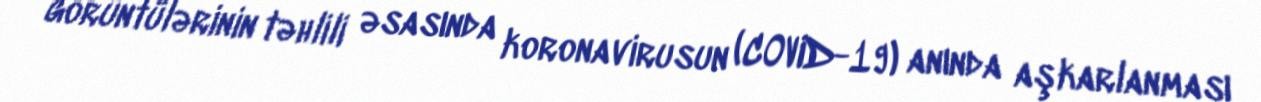
görüntülərinin təhlili əsasında koronavirusun (COVID-19) anında aşkarlanması